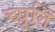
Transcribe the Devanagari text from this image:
च्यूति